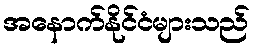
အနောက်နိုင်ငံများသည်